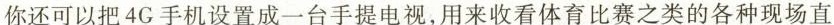
你还可以把4G手机设置成一台手提电视，用来收看体育比赛之类的各种现场直